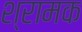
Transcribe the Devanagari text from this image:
श्रामक